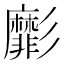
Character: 𢒺